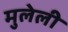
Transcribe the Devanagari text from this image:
मुलेली